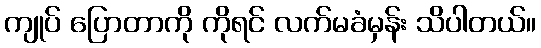
ကျုပ် ပြောတာကို ကိုရင် လက်မခံမှန်း သိပါတယ်။